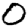
Digit: 0